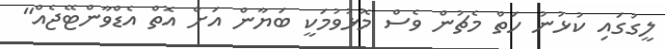
ލީގުގައި ކުޅުނު ހަތް މެޗުން ވެސް މޮޅުވުމަކީ ބަޔާން އަށް އޮތް އެޑްވާންޓޭޖެއް"